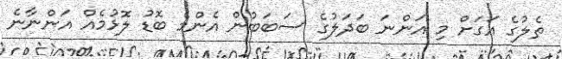
ތެލުގެ އަގަށް މި އަންނަ ބަދަލުގެ ސަބަބުން އެންމެ ބޮޑު ލޮޅުމެއް އަންނާނެ